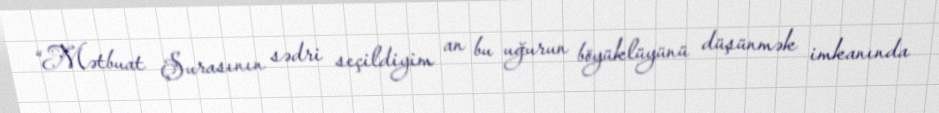
“Mətbuat Şurasının sədri seçildiyim an bu uğurun böyüklüyünü düşünmək imkanında